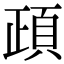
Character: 頙